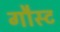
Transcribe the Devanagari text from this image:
गौस्ट